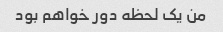
من یک لحظه دور خواهم بود